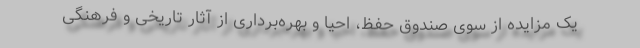
یک مزایده از سوی صندوق حفظ، احیا و بهره‌برداری از آثار تاریخی و فرهنگی